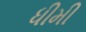
ધીમી